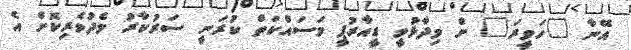
އޭނާ "ހަވީރަ" ށް ވިދާޅުވީ ޑީއާރުޕީ މަސައްކަތް ކުރަނީ ސަރުކާރު މެދުވެރިކޮށް އެ